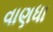
વાણધા